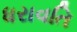
ધરાવતિ